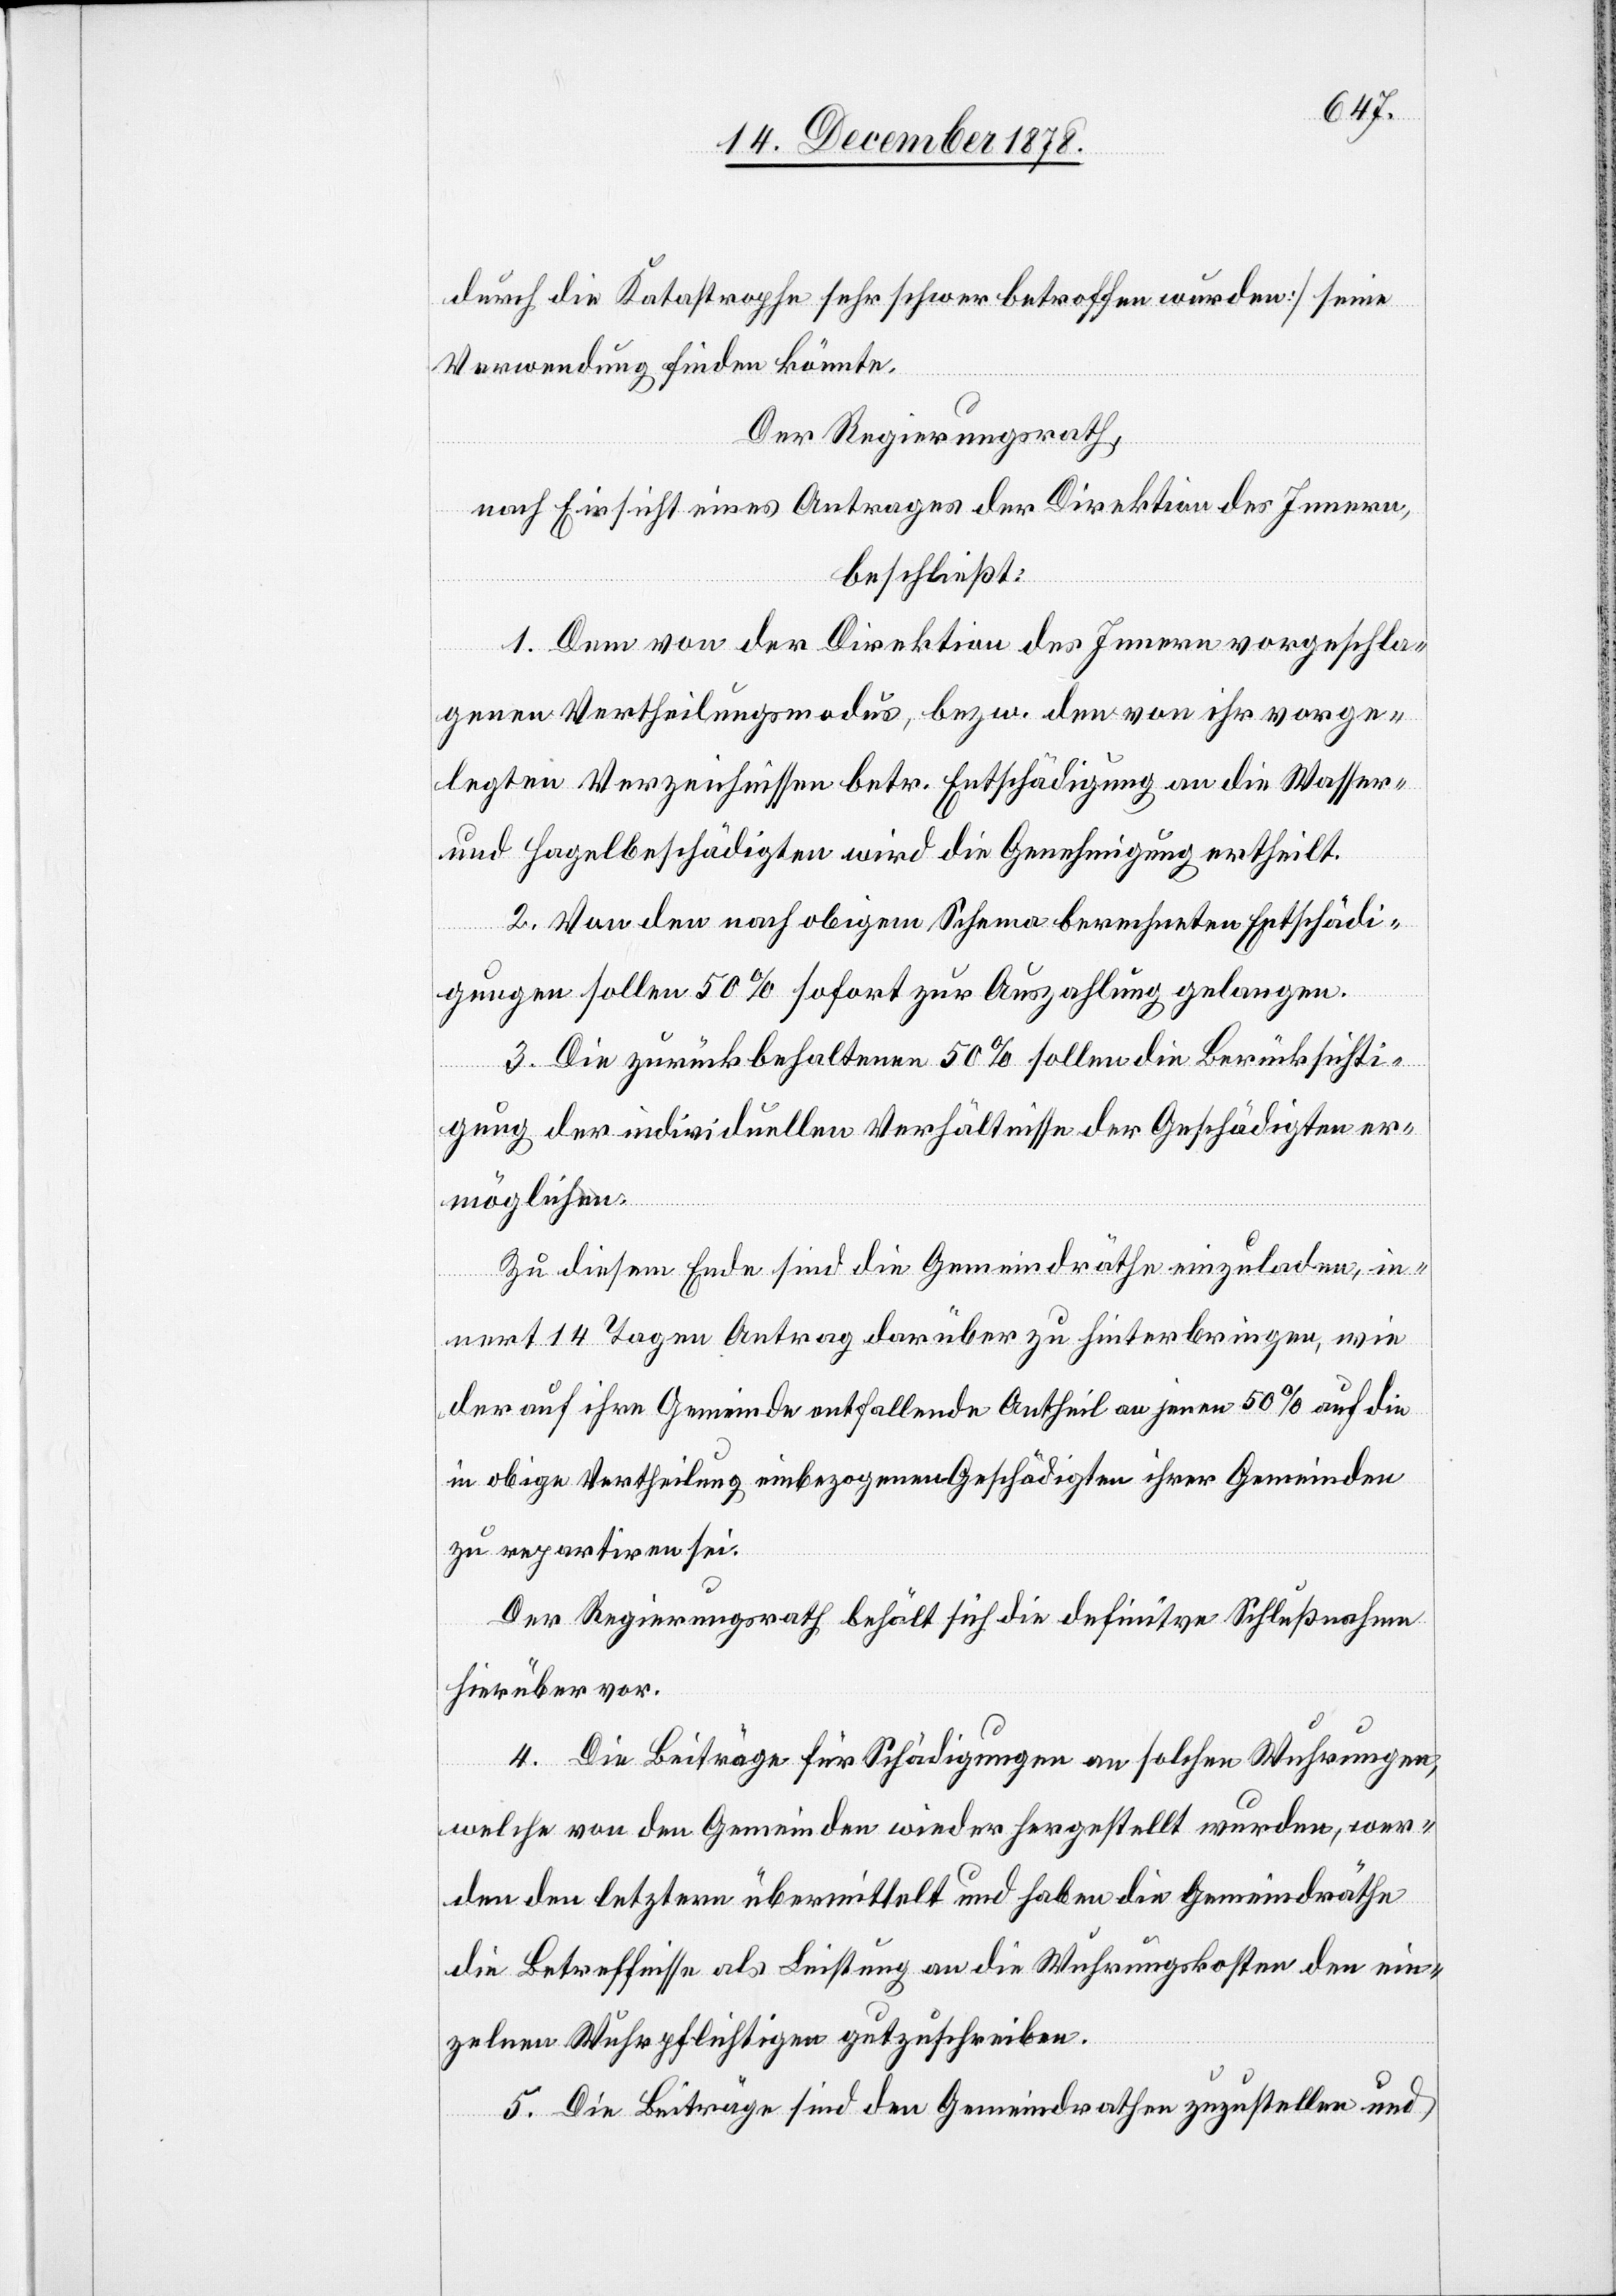
durch die Katastrophe sehr schwer betroffen wurden] seine
Verwendung finden könnte.
Der Regierungsrath,
nach Einsicht eines Antrages der Direktion des Innern,
beschließt:
1. Dem von der Direktion des Innern vorgeschla¬
genen Vertheilungsmodus, bezw. den von ihr vorge¬
legten Verzeichnissen betr. Entschädigung an die Wasser-
und Hagelbeschädigten wird die Genehmigung ertheilt.
2. Von den nach obigem Schema berechneten Entschädi¬
gungen sollen 50% sofort zur Auszahlung gelangen.
3. Die zurückbehaltenen 50% sollen die Berücksichti¬
gung der individuellen Verhältnisse der Geschädigten er¬
möglichen.
Zu diesem Ende sind die Gemeindräthe einzuladen, in¬
nert 14 Tagen Antrag darüber zu hinterbringen, wie
der auf ihre Gemeinde entfallende Antheil an jenen 50% auf die
in obige Vertheilung einbezogenen Geschädigten ihrer Gemeinden
zu repartiren sei.
Der Regierungsrath behält sich die definitive Schlußnahme
hierüber vor.
4. Die Beiträge für Schädigungen an solchen Wuhrungen,
welche von den Gemeinden wiederhergestellt wurden, wer¬
den den letztern übermittelt und haben die Gemeindräthe
die Betreffnisse als Leistung an die Wuhrungskosten den ein¬
zelnen Wuhrpflichtigen gutzuschreiben.
5. Die Beiträge sind den Gemeindräthen zuzustellen und